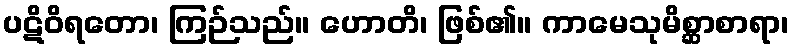
ပဋိဝိရတော၊ ကြဉ်သည်။ ဟောတိ၊ ဖြစ်၏။ ကာမေသုမိစ္ဆာစာရာ၊